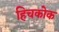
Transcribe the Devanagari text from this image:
हिचकोक